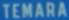
TEMARA